Scottish Leaving Certificate Examination, 1953
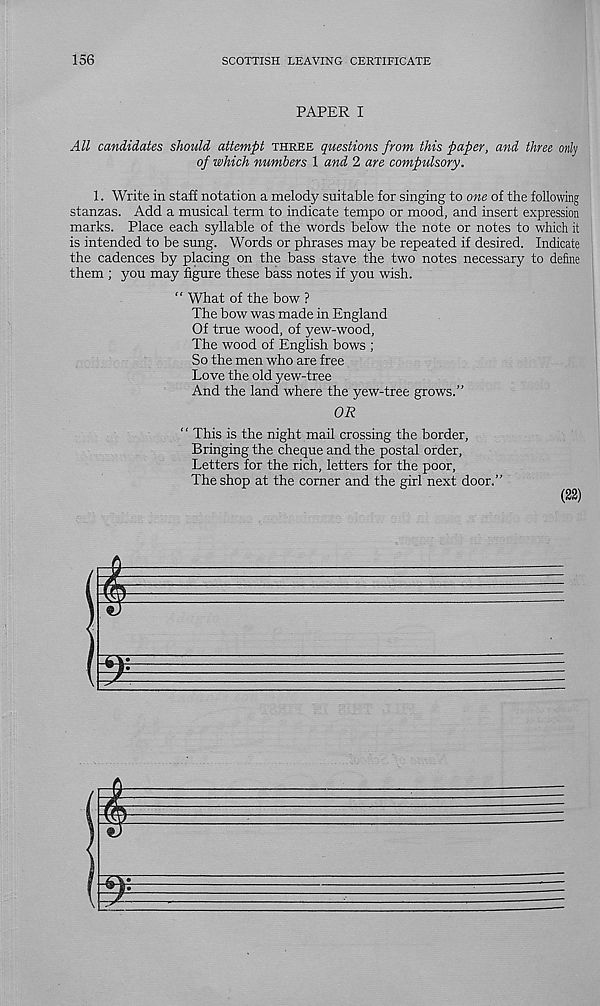
156
SCOTTISH LEAVING CERTIFICATE
PAPER I
All candidates should attempt three questions from this paper, and three only
of which numbers 1 and 2 are compulsory.
1. Write in staff notation a melody suitable for singing to one of the following
stanzas. Add a musical term to indicate tempo or mood, and insert expression
marks. Place each syllable of the words below the note or notes to which it
is intended to be sung. Words or phrases may be repeated if desired. Indicate
the cadences by placing on the bass stave the two notes necessary to define
them ; you may figure these bass notes if you wish.
“ What of the bow ?
The bow was made in England
Of true wood, of yew-wood,
The wood of English bows ;
So the men who are free
Love the old yew-tree
And the land where the yew-tree grows.”
OR
“ This is the night mail crossing the border.
Bringing the cheque and the postal order,
Letters for the rich, letters for the poor,
The shop at the corner and the girl next door.”
(22)